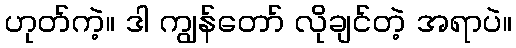
ဟုတ်ကဲ့။ ဒါ ကျွန်တော် လိုချင်တဲ့ အရာပဲ။